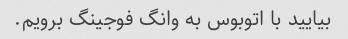
بیایید با اتوبوس به وانگ فوجینگ برویم.